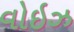
વોઇઝ